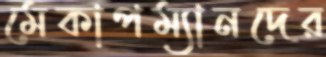
মেকাপম্যানদের